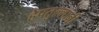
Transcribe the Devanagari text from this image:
हेपतुल्लांनी